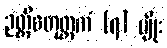
ဉတ္တိစတုတ္ထကံ (၇) မျိုး